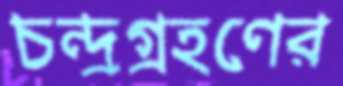
চন্দ্রগ্রহণের